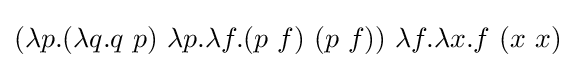
(\lambda p.(\lambda q.q\ p)\ \lambda p.\lambda f.(p\ f)\ (p\ f))\ \lambda f.\lambda x.f\ (x\ x)